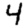
Digit: 4